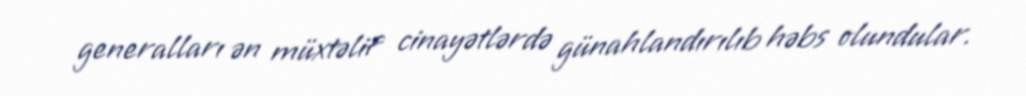
generalları ən müxtəlif cinayətlərdə günahlandırılıb həbs olundular.